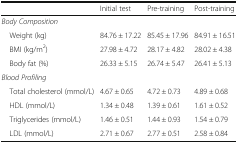
<table><thead><tr><td></td><td><b>Initial test</b></td><td><b>Pre-training</b></td><td><b>Post-training</b></td></tr></thead><tbody><tr><td colspan="4"><i>Body Composition</i></td></tr><tr><td> Weight (kg)</td><td>84.76 ± 17.22</td><td>85.45 ± 17.96</td><td>84.91 ± 16.51</td></tr><tr><td> BMI (kg/m<sup>2</sup>)</td><td>27.98 ± 4.72</td><td>28.17 ± 4.82</td><td>28.02 ± 4.38</td></tr><tr><td> Body fat (%)</td><td>26.33 ± 5.15</td><td>26.74 ± 5.47</td><td>26.41 ± 5.13</td></tr><tr><td colspan="4"><i>Blood Profiling</i></td></tr><tr><td> Total cholesterol (mmol/L)</td><td>4.67 ± 0.65</td><td>4.72 ± 0.73</td><td>4.89 ± 0.68</td></tr><tr><td> HDL (mmol/L)</td><td>1.34 ± 0.48</td><td>1.39 ± 0.61</td><td>1.61 ± 0.52</td></tr><tr><td> Triglycerides (mmol/L)</td><td>1.46 ± 0.51</td><td>1.44 ± 0.93</td><td>1.54 ± 0.79</td></tr><tr><td> LDL (mmol/L)</td><td>2.71 ± 0.67</td><td>2.77 ± 0.51</td><td>2.58 ± 0.84</td></tr></tbody></table>